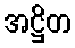
အဋ္ဌိတ